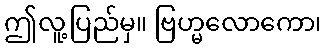
ဤလူ့ပြည်မှ။ ဗြဟ္မလောကော၊